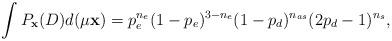
LaTeX: \begin{align*} \int P_{\mathbf{x}}(D) d(\mu \mathbf{x})=p_e^{n_e} (1-p_e)^{3-n_e} (1-p_d)^{n_{as}} (2p_d-1)^{n_s},\end{align*}